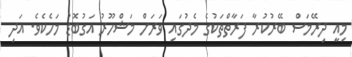
މިއީ ދިރޭމަސް ބޭރުކުރާ ފަރާތްތަކުގެ މެދުގައި ވަރަށް މަޝްހޫރު އަގުބޮޑު މަހެކެވެ. އަދި